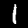
Label: 1